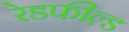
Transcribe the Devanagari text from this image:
रेडफील्ड